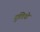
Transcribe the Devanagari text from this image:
गुलियो